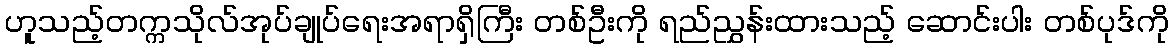
ဟူသည့်တက္ကသိုလ်အုပ်ချုပ်ရေးအရာရှိကြီး တစ်ဦးကို ရည်ညွှန်းထားသည့် ဆောင်းပါး တစ်ပုဒ်ကို